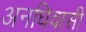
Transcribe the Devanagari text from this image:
अनधिवासी